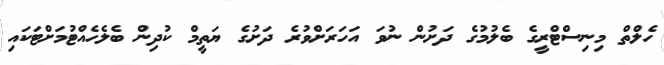
ހެލްތް މިނިސްޓްރީގެ ބެލުމުގެ ދަށުން ނުވަ އަހަރަށްވުރެ ދަށުގެ ޔަތީމް ކުދިން ބެލެހެއްޓުމަށްޓަކައި